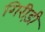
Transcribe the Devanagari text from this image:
गिरीड़ी